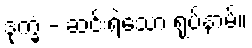
ဒုက္ခံ - ဆင်းရဲသော ရုပ်နာမ်။